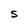
Character: S